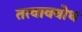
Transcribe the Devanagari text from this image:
तत्वावबोधं